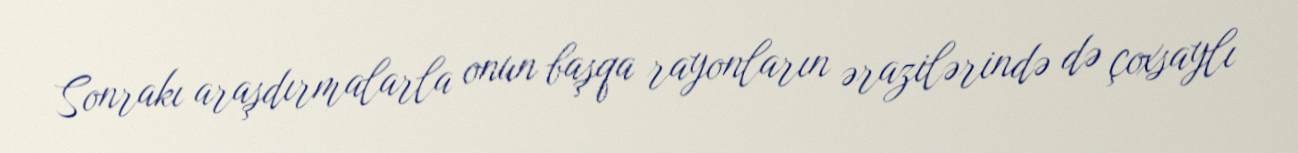
Sonrakı araşdırmalarla onun başqa rayonların ərazilərində də çoxsaylı